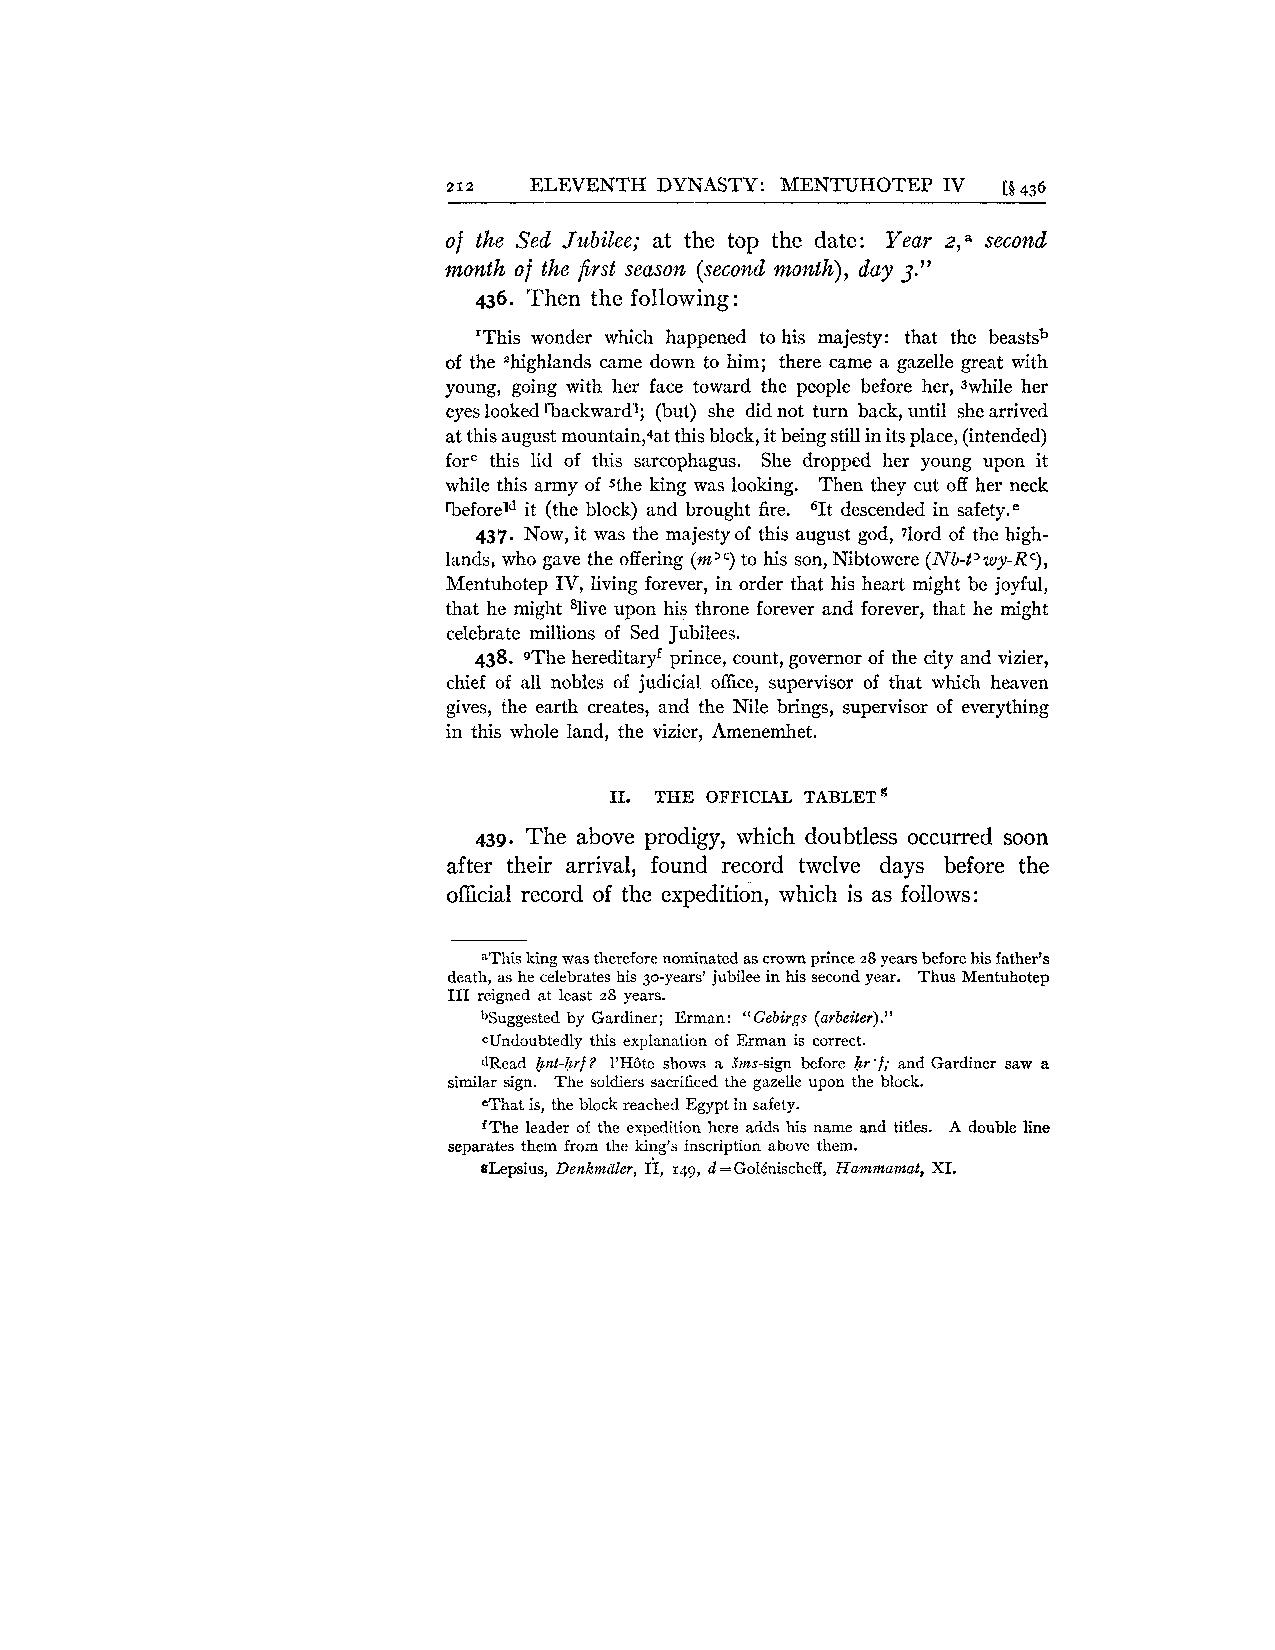
212  ELEVENTH DYNASTY: MENTUHOTEP IV [g 436
 of the Sed Jubilee; at the top the date: Year 2,a second
 month of the first season (second month), day 3."
 436. Then the following:
 'This wonder which happened to his majesty: that the beastsb
 of the Zhighlands came down to him; there came a gazelle great with
 young, going with her face toward the people before her, Jwhile her
 eyes looked 'backward'; (but) she did not turn back, until she arrived
 at this august mountain,4at this block, it being still in its place, (intended)
 forc this lid of this sarcophagus. She dropped her young upon it
 while this army of sthe king was looking. Then they cut off her neck
 rbeforeld it (the block) and brought fire. 61t descended in safety."
 437. Now, it was the majesty of this august god, 7l0rd of the high-
 lands, who gave the offering (rn'? to his son, Nibtowere (Nb-t'wy-RC),
 Mentuhotep IV, living forever, in order that his heart might be joyful,
 that he might %ve upon his throne forever and forever, that he might
 celebrate millions of Sed Jubilees.
 438. QTheh ereditaryf prince, count, governor of the city and vizier,
 chief of all nobles of judicial office, supervisor of that which heaven
 gives, the earth creates, and the Nile brings, supervisor of everything
 in this whole land, the vizier, Amenemhet.
 11. THE OFFICIAL TABLETg
 439. The above prodigy, which doubtless occurred soon
 after their arrival, found record twelve days before the
 official record of the expedition, which is as follows:
 %Thisk ing was therefore nominated as crown prince 28 years before his father's
 death, as he celebrates his 30-years' jubilee in his second year. Thus Mentuhotep
 I11 reigned at least 28 years.
 ."
 bsuggested by Gardiner; Erman: " Gebirgs (arbeiter)
 CUndoubtedly this explanation of Erman is correct.
 dRead Ent-hrf? 1'HBte shows a Sms-sign before hr'f; and Gardiner saw a
 similar sign. The soldiers sacrificed the gazelle upon the block.
 eThat is, the block reached Egypt in safety.
 fThe leader of the expedition here adds his name and titles. A double line
 separates them from the king's inscription above them.
 glepsius, Denkmiiler, 1'1, 149, d = GolCnischeff, Hammamat, XI.